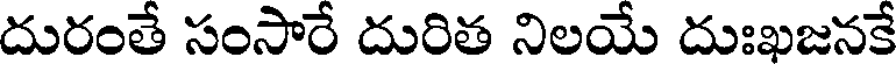
దురంతే సంసారే దురిత నిలయే దుఃఖజనకే